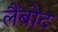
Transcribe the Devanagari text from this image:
लैंबोट